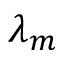
\lambda _ { m }